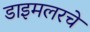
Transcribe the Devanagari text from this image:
डाइमलरचे